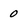
Character: 0